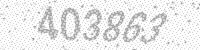
Solution: 403863